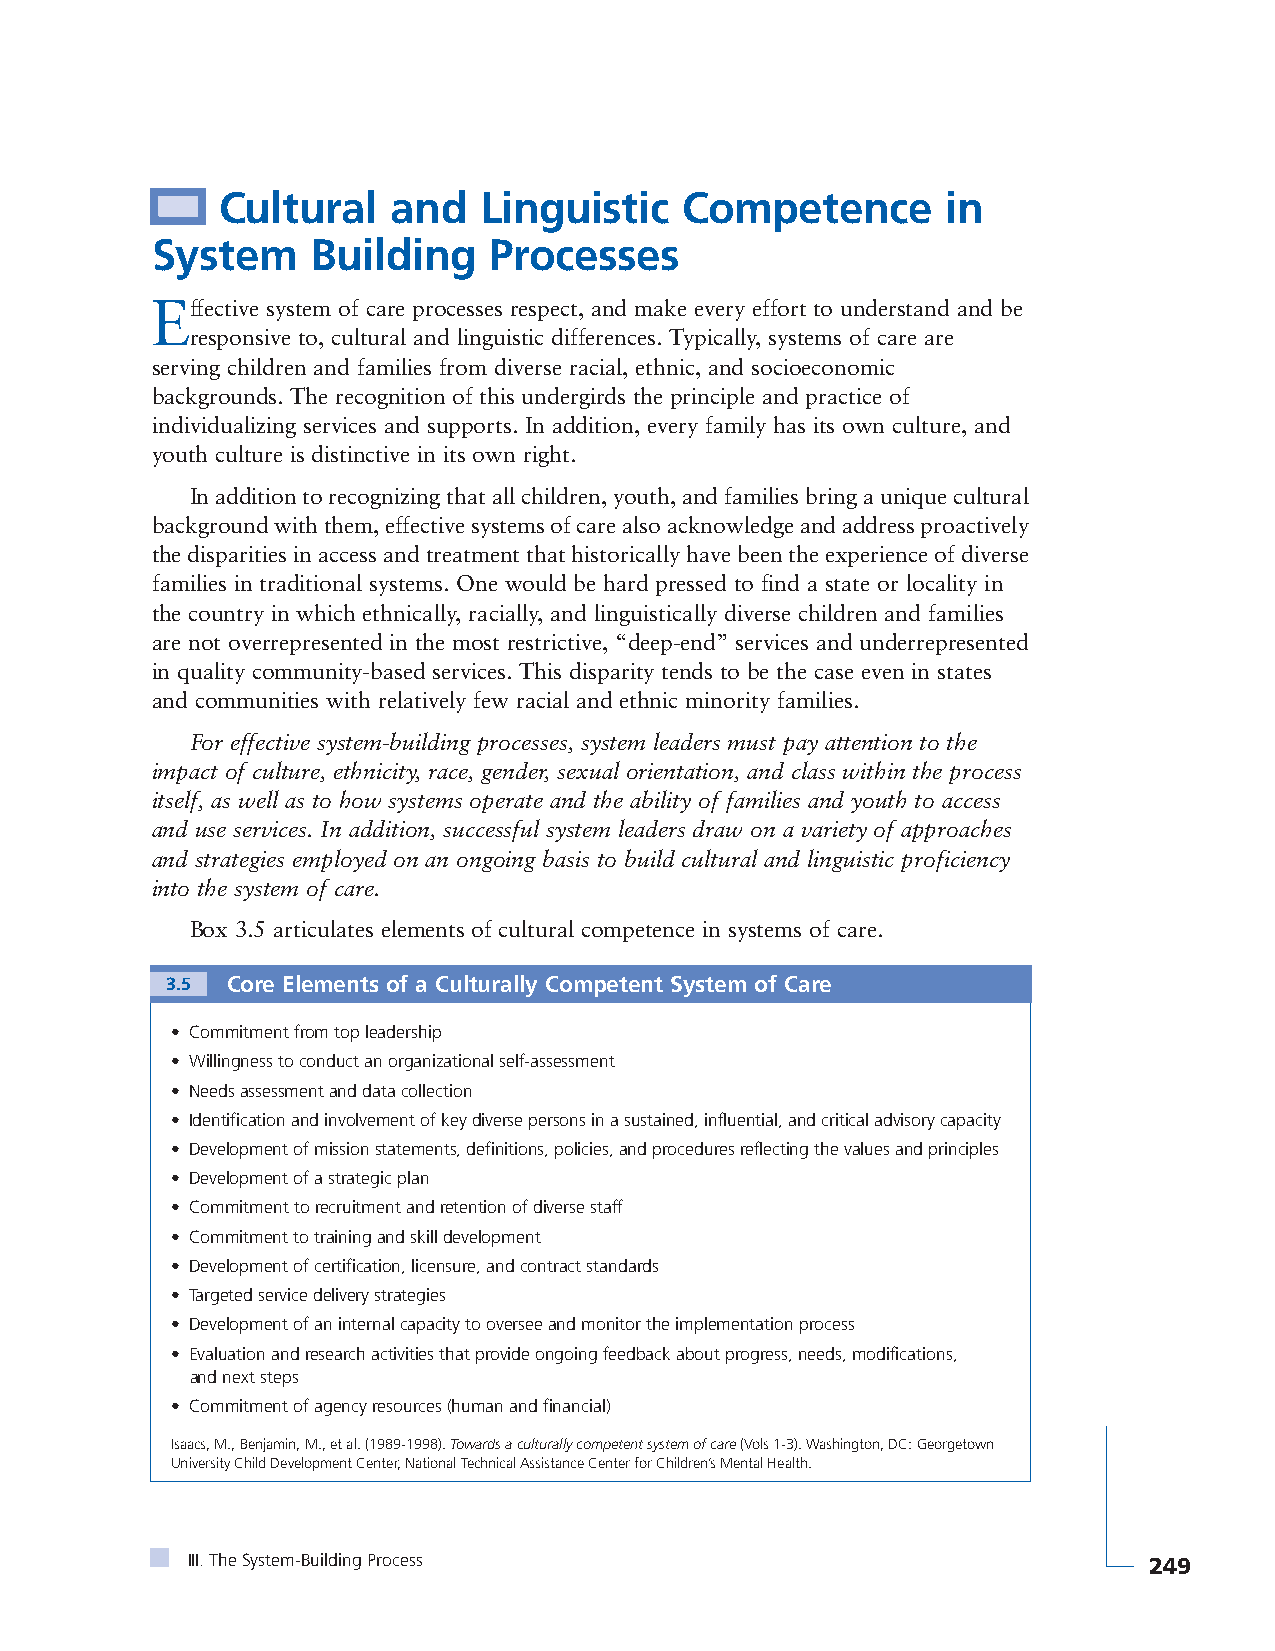
Cultural    and   Linguistic   Competence        in
 System     Building   Processes
 Effective system of care processes respect, and make every effort to understand and be
 responsive to, cultural and linguistic differences. Typically, systems of care are
 serving children and families from diverse racial, ethnic, and socioeconomic
 backgrounds. The recognition of this undergirds the principle and practice of
 individualizing services and supports. In addition, every family has its own culture, and
 youth culture is distinctive in its own right.
 In addition to recognizing that all children, youth, and families bring a unique cultural
 background with them, effective systems of care also acknowledge and address proactively
 the disparities in access and treatment that historically have been the experience of diverse
 families in traditional systems. One would be hard pressed to find a state or locality in
 the country in which ethnically, racially, and linguistically diverse children and families
 are not overrepresented in the most restrictive, “deep-end” services and underrepresented
 in quality community-based services. This disparity tends to be the case even in states
 and communities with relatively few racial and ethnic minority families.
 For effective system-building processes, system leaders must pay attention to the
 impact of culture, ethnicity, race, gender, sexual orientation, and class within the process
 itself, as well as to how systems operate and the ability of families and youth to access
 and use services. In addition, successful system leaders draw on a variety of approaches
 and strategies employed on an ongoing basis to build cultural and linguistic proficiency
 into the system of care.
 Box 3.5 articulates elements of cultural competence in systems of care.
 3.5 Core Elements of a Culturally Competent System of Care
 • Commitment from top leadership
 • Willingness to conduct an organizational self-assessment
 • Needs assessment and data collection
 • Identification and involvement of key diverse persons in a sustained, influential, and critical advisory capacity
 • Development of mission statements, definitions, policies, and procedures reflecting the values and principles
 • Development of a strategic plan
 • Commitment to recruitment and retention of diverse staff
 • Commitment to training and skill development
 • Development of certification, licensure, and contract standards
 • Targeted service delivery strategies
 • Development of an internal capacity to oversee and monitor the implementation process
 • Evaluation and research activities that provide ongoing feedback about progress, needs, modifications,
 and next steps
 • Commitment of agency resources (human and financial)
 Isaacs, M., Benjamin, M., et al. (1989-1998). Towards a culturally competent system of care(Vols 1-3). Washington, DC: Georgetown
 University Child Development Center, National Technical Assistance Center for Children’s Mental Health.
 III. The System-Building Process                                249